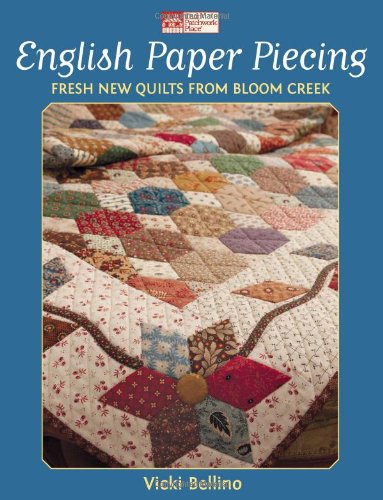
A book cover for English Paper Piecing: Fresh New Quilts from Bloom Creek; Vicki Bellino; Crafts, Hobbies & Home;